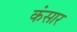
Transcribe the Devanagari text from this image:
कंसार